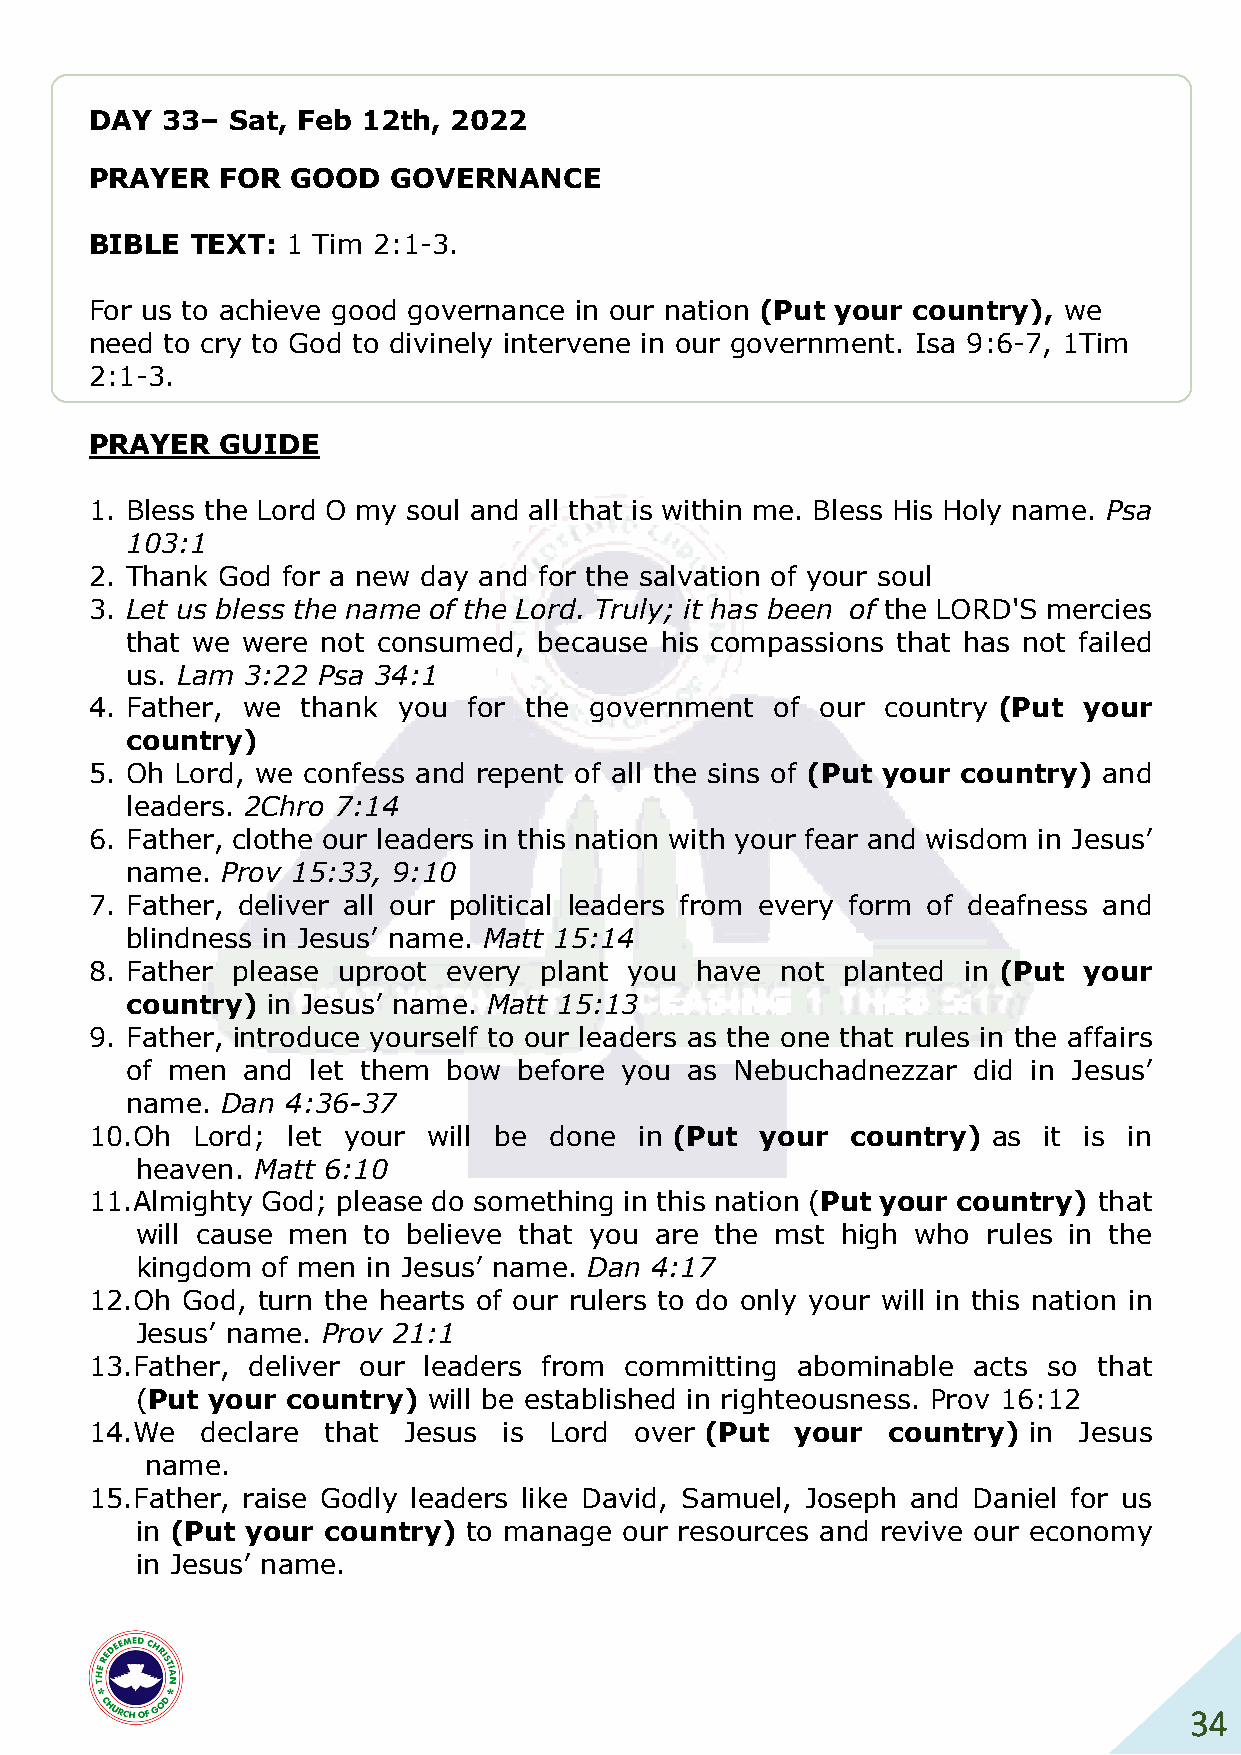
DAY  33– Sat, Feb 12th, 2022
 PRAYER   FOR GOOD   GOVERNANCE
 BIBLE  TEXT: 1 Tim 2:1-3.
 For us to achieve good governance in our nation (Put your country), we
 need to cry to God to divinely intervene in our government. Isa 9:6-7, 1Tim
 2:1-3.
 PRAYER   GUIDE
 1. Bless the Lord O my soul and all that is within me. Bless His Holy name. Psa
 103:1
 2. Thank God for a new day and for the salvation of your soul
 3. Let us bless the name of the Lord. Truly; it has been of the LORD'S mercies
 that we were not consumed,  because his compassions that has not failed
 us. Lam 3:22 Psa 34:1
 4. Father, we thank you  for the government  of our  country (Put your
 country)
 5. Oh Lord, we confess and repent of all the sins of (Put your country) and
 leaders. 2Chro 7:14
 6. Father, clothe our leaders in this nation with your fear and wisdom in Jesus’
 name.  Prov 15:33, 9:10
 7. Father, deliver all our political leaders from every form of deafness and
 blindness in Jesus’ name. Matt 15:14
 8. Father please uproot every plant you have  not planted in (Put your
 country)  in Jesus’ name. Matt 15:13
 9. Father, introduce yourself to our leaders as the one that rules in the affairs
 of men  and  let them bow before you as  Nebuchadnezzar did in Jesus’
 name.  Dan 4:36-37
 10. Oh Lord; let your will be done  in (Put your  country)  as it is in
 heaven. Matt 6:10
 11. Almighty God; please do something in this nation (Put your country) that
 will cause men to believe that you are the mst high who rules in the
 kingdom of men in Jesus’ name. Dan 4:17
 12. Oh God, turn the hearts of our rulers to do only your will in this nation in
 Jesus’ name. Prov 21:1
 13. Father, deliver our leaders from committing abominable acts so that
 (Put your country) will be established in righteousness. Prov 16:12
 14. We declare that  Jesus is Lord  over (Put  your  country) in Jesus
 name.
 15. Father, raise Godly leaders like David, Samuel, Joseph and Daniel for us
 in (Put your country) to manage our resources and revive our economy
 in Jesus’ name.
 34